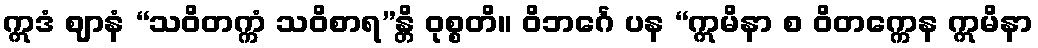
ဣဒံ ဈာနံ “သဝိတက္ကံ သဝိစာရ”န္တိ ဝုစ္စတိ။ ဝိဘင်္ဂေ ပန “ဣမိနာ စ ဝိတက္ကေန ဣမိနာ